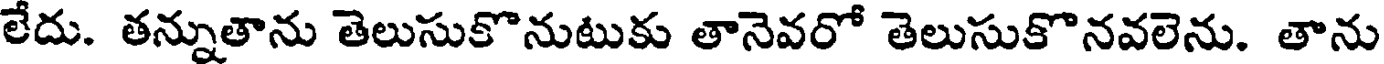
లేదు. తన్నుతాను తెలుసుకొనుటుకు తానెవరో తెలుసుకొనవలెను. తాను